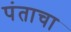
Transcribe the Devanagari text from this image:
पंताचा